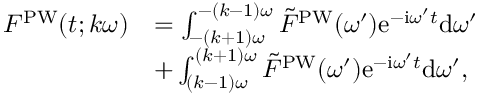
\begin{array} { r l } { F ^ { \mathrm { P W } } ( t ; k \omega ) } & { = \int _ { - ( k + 1 ) \omega } ^ { - ( k - 1 ) \omega } \tilde { F } ^ { \mathrm { P W } } ( \omega ^ { \prime } ) \mathrm { e } ^ { - \mathrm { i } \omega ^ { \prime } t } \mathrm { d } \omega ^ { \prime } } \\ & { + \int _ { ( k - 1 ) \omega } ^ { ( k + 1 ) \omega } \tilde { F } ^ { \mathrm { P W } } ( \omega ^ { \prime } ) \mathrm { e } ^ { - \mathrm { i } \omega ^ { \prime } t } \mathrm { d } \omega ^ { \prime } , } \end{array}